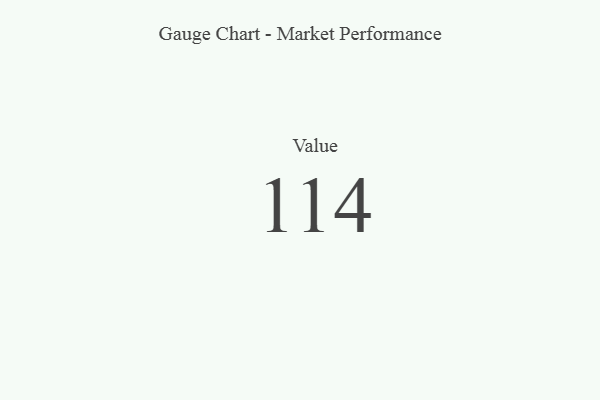
{"axis": {"x": "Metric", "y": "Value"}, "legend": [""], "data": [{"x": "Value", "y": 114, "type": ""}]}